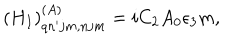
( H _ { I } ) _ { q n ^ { \prime } j m , n j m } ^ { ( A ) } = i C _ { 2 } A _ { 0 } \epsilon _ { 3 } m ,